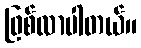
ဖြစ်လာပါတယ်။